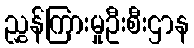
ညွှန်ကြားမှုဦးစီးဌာန